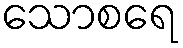
သောစရေ